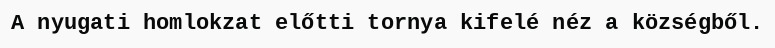
A nyugati homlokzat előtti tornya kifelé néz a községből.